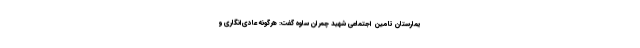
یمارستان تامین اجتماعی شهید چمران ساوه گفت: هرگونه عادی‌انگاری و